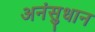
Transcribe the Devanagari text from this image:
अनंसुधान